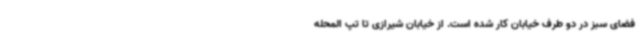
فضای سبز در دو طرف خیابان کار شده‌ است. از خیابان شیرازی تا تپ المحله